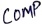
Text: COMP